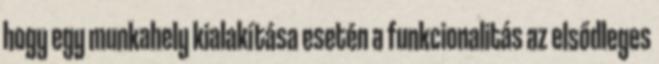
hogy egy munkahely kialakítása esetén a funkcionalitás az elsődleges